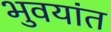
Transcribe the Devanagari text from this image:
भुवयांत